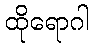
ထိုရောဂါ